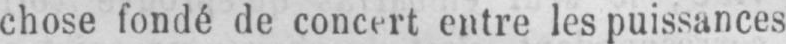
chose fondé de concert entre les puissances